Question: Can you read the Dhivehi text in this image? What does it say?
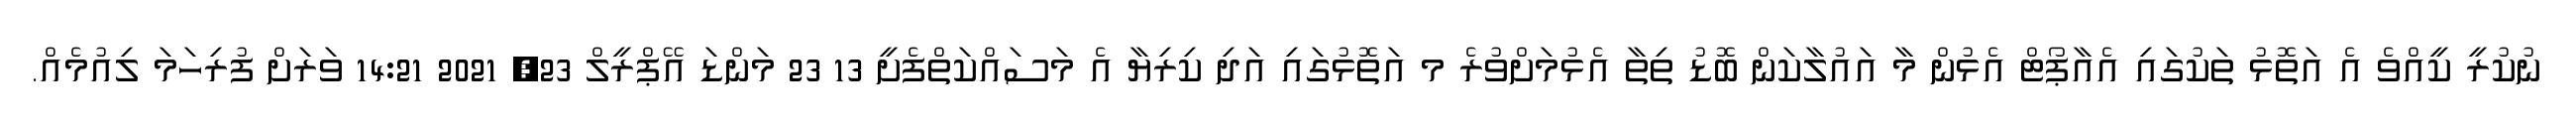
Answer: ނުކުރީ ކީއްވެ އެ އަތޮޅު ތަކުގައި އެއާޕޯޓް އެޅުން މާ އައުލާކަން ބޮޑު ތިތާ އެޅުމަށްވުރެ މ އަތޮޅުގައި އަދި ކިރިޔާ އެ މަސައްކަތްފެށީ 13 23 މަންޑަ އޭޕްރީލް 23, 2021 14:21 ވަރަށް ފުރިހަމަ ލިއުމެއް.